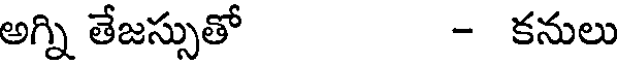
అగ్ని తేజస్సుతో - కనులు